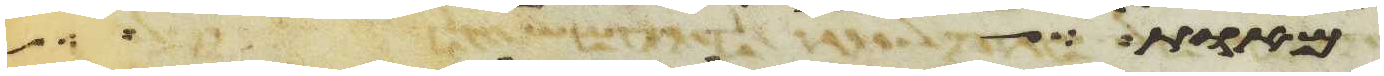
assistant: מאומה אם תעשה לי